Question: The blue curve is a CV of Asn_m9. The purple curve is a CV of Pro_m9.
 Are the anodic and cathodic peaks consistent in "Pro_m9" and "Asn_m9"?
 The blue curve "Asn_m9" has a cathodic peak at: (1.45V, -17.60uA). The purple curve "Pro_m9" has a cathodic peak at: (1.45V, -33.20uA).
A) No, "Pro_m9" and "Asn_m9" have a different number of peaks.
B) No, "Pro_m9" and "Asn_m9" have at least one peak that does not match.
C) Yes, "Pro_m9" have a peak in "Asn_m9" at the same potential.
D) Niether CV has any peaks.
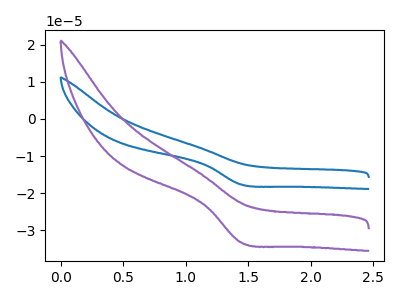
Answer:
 <answer>C) Yes, "Pro_m9" have a peak in "Asn_m9" at the same potential.</answer>
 <eval>C</eval>